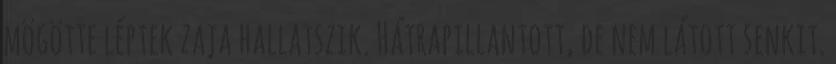
mögötte léptek zaja hallatszik. Hátrapillantott, de nem látott senkit.